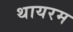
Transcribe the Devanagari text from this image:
थायरम